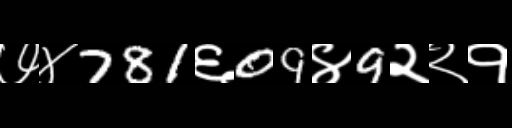
Text: ७४781६09४9२२१